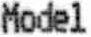
MODEL